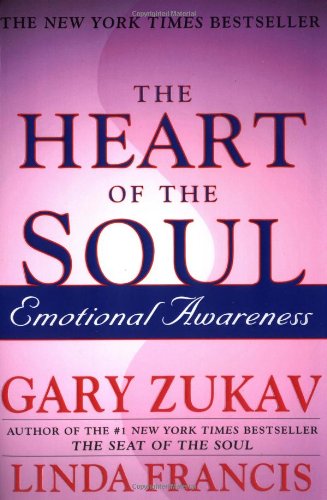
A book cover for The Heart of the Soul: Emotional Awareness; Gary Zukav; Health, Fitness & Dieting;